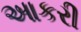
આકરી